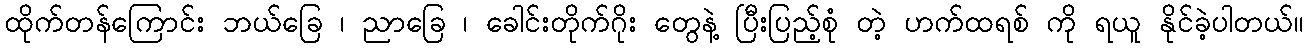
ထိုက်တန်ကြောင်း ဘယ်ခြေ ၊ ညာခြေ ၊ ခေါင်းတိုက်ဂိုး တွေနဲ့ ပြီးပြည့်စုံ တဲ့ ဟက်ထရစ် ကို ရယူ နိုင်ခဲ့ပါတယ်။